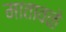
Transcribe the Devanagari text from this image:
मातावळे